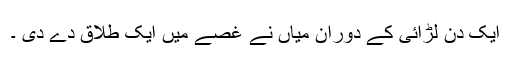
ایک دن لڑائی کے دوران میاں نے غصے میں ایک طلاق دے دی ۔